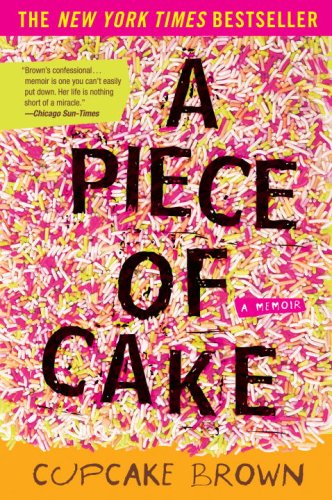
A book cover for A Piece of Cake: A Memoir; Cupcake Brown; Law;